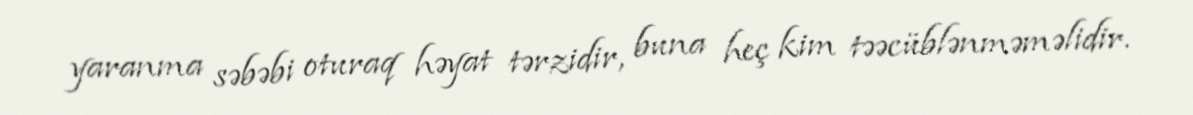
yaranma səbəbi oturaq həyat tərzidir, buna heç kim təəcüblənməməlidir.